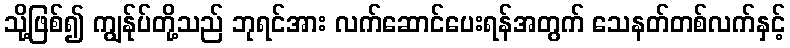
သို့ဖြစ်၍ ကျွန်ုပ်တို့သည် ဘုရင်အား လက်ဆောင်ပေးရန်အတွက် သေနတ်တစ်လက်နှင့်